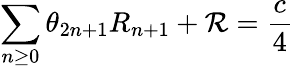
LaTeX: \sum_{n\geq 0}\theta_{2n+1}R_{n+1}+{\cal R}=\frac{c}{4}